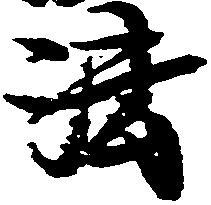
法